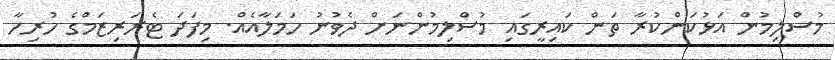
މުސްލިމުން އަޅުކަންކުރާ ތަން ކައިރީގައި މުސްލިމުންނަށް ދެވުނު ހަމަލާއެއް. މިފަދަ ޓެރަރިޒަމްގެ ހުރިހާ